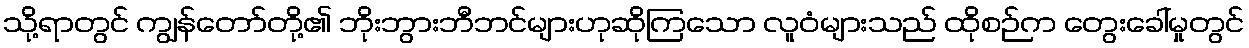
သို့ရာတွင် ကျွန်တော်တို့၏ ဘိုးဘွားဘီဘင်များဟုဆိုကြသော လူဝံများသည် ထိုစဉ်က တွေးခေါ်မှုတွင်